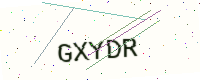
Text: GXYDR